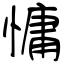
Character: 慵